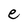
Character: e